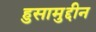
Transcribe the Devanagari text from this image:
हुसामुद्दीन